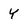
Character: Y